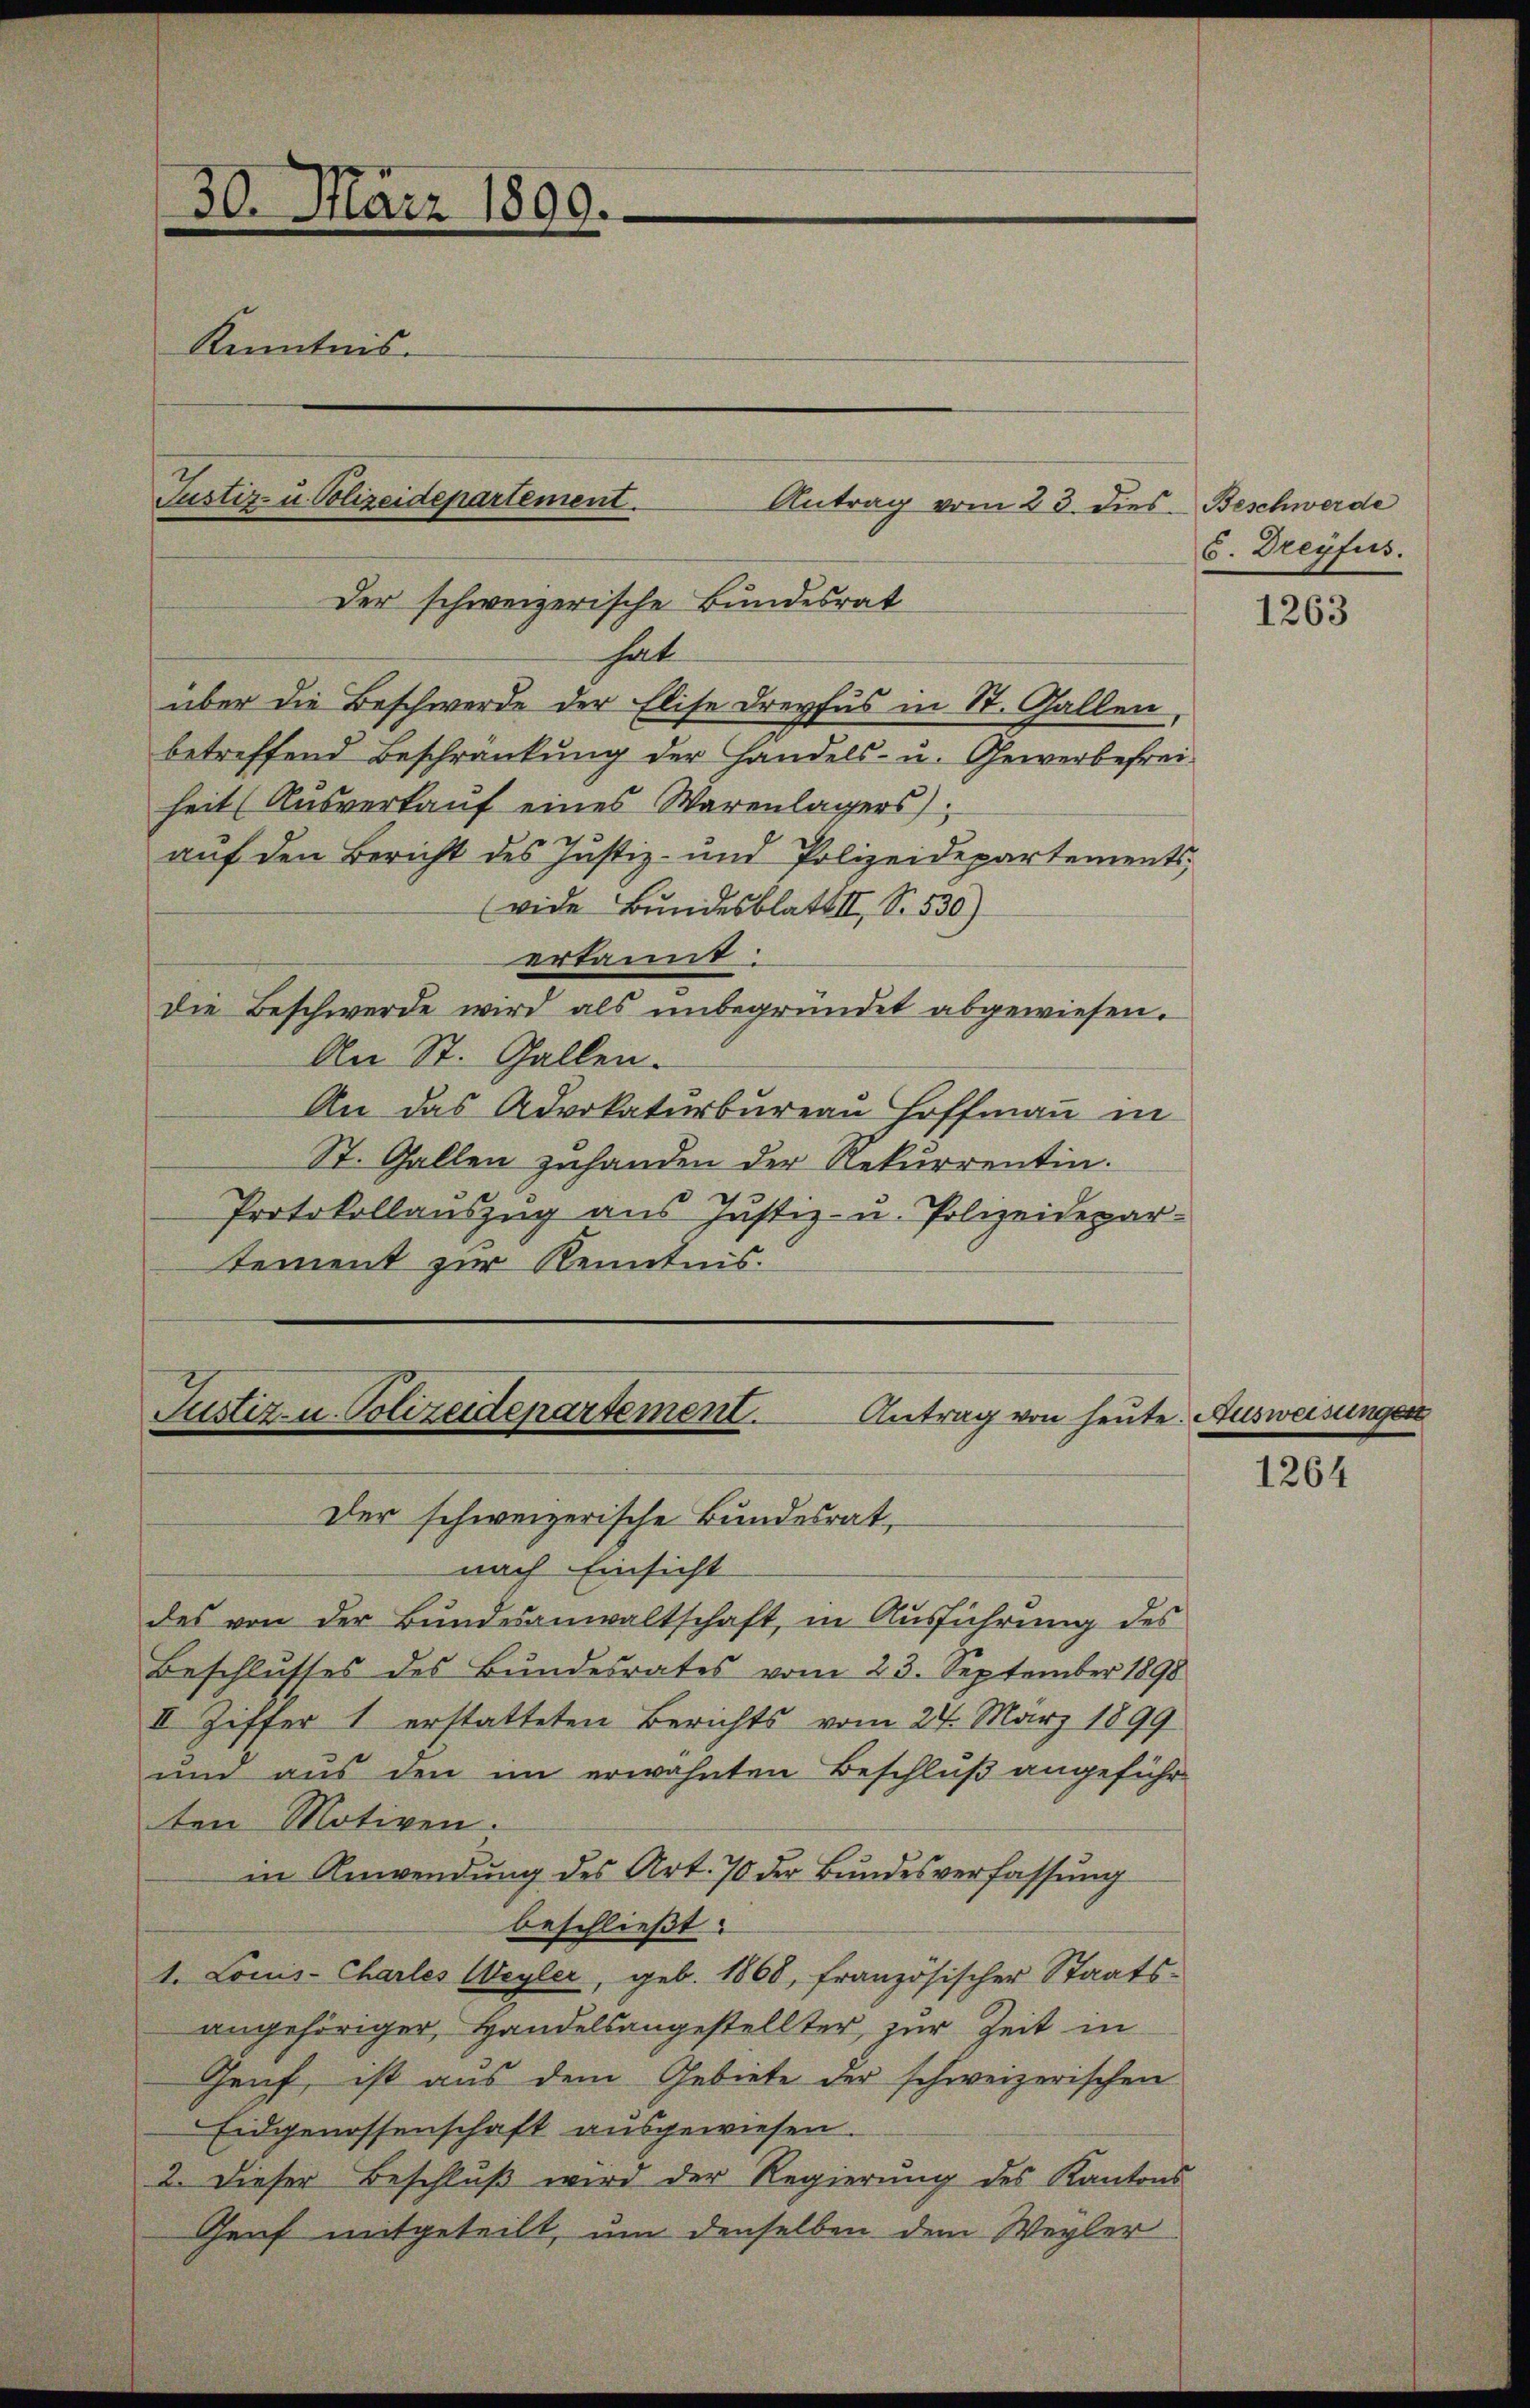
30. März 1890.
Kenntnis.
Pustiz- u. Polizeidepartement.

Der schweizerische Bundesrat
hat
betreffend Beschränkung der Handels- u. Gewerbefreiheit (Ausverkauf eines Warenlagers),
auf den Bericht des Justiz- und Polizeidepartements,
vide Bundesblatt II, S. 530)
erkannt:
Die Beschwerde wird als ŭnbegründet abgewiesen.
An St. Gallen.
An das Advokaturbureau Hoffmann in
St. Gallen zuhanden der Rekurrentin.
Protokollauszug aus Justiz- u. Polizeidepar-
tement zur Kenntnis.

über die Beschwerde der Elise Dreyfus in St. Gallen,

Antrag vom 23. dies Beschwerde

Justiz- u. Polizeidepartement.
Antrag von heute. Ausweisungen
Der schweizerische Bundesrat,

6. Dreyfus.

nach Einsicht
des von der Bundesanwaltschaft, in Ausführung des
Beschlusses des Bundesrates vom 23. September 1898
II Ziffer 1 erstatteten Berichts vom 24. März 1899
und aus den im erwähnten Beschluß angeführten Motiven.
in Anwendung des Art. 70 der Bundesverfassŭng
beschließt:
1. Louis-Charles Weyler, geb. 1868, französischer Staats-
angehöriger, Handelsangestellter, zur Zeit in
Genf, ist aus dem Gebiete der schweizerischen
Eidgenossenschaft ausgewiesen.
2. Dieser Beschlŭβ wird der Regierung des Kantons
Genf mitgeteilt, um denselben dem Wegler

1263

1264